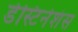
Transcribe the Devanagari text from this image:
डेस्टिनेशंस